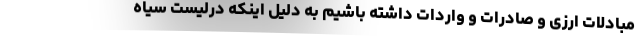
مبادلات ارزی و صادرات و واردات داشته باشیم به دلیل اینکه درلیست سیاه